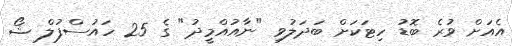
އެއަށް ވުރެ ބޮޑު ހިޓަކަށް ބަދަލުވި "ނާއުއްމީދު" ގެ 25 ހައުސްފުލް ޝޯ